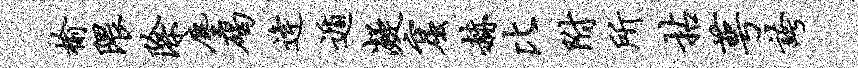
榆隈除尘碣逄遁凝窟赫比附所拈萼夸